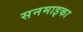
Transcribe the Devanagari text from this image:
सनमाइका